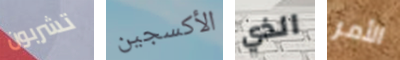
تشربون الأكسجين الذي الأمر